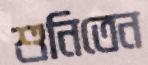
শুনিতেন